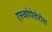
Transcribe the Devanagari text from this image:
एस्कोपेतेरोस